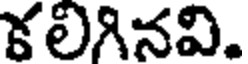
కలిగినవి.